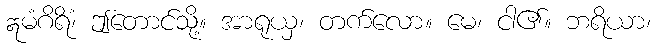
ဣမံဂိရိံ၊ ဤတောင်သို့။ အာရုယှ၊ တက်လော။ မေ၊ ငါ၏။ ဘရိယာ၊